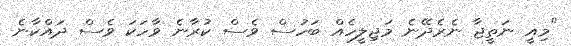
"މިއީ ނަތީޖާ ނެރެދޭނެ މަޖިލީހެއް ބަހުސް ވެސް ކުރާނެ ވާހަކަ ވެސް ދައްކާނެ